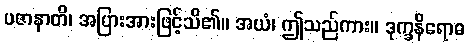
ပဇာနာတိ၊ အပြားအားဖြင့်သိ၏။ အယံ၊ ဤသည်ကား။ ဒုက္ခနိရောဓ